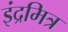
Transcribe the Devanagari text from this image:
इंद्रमित्र